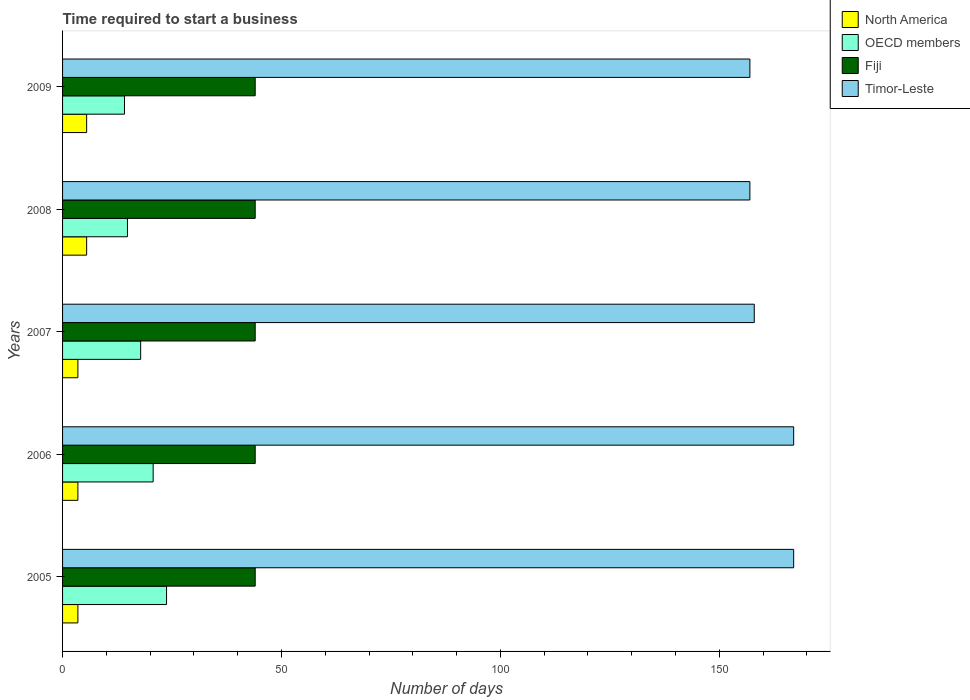
| Years | North America | OECD members | Fiji | Timor-Leste |
 | --- | --- | --- | --- | --- |
 | 2005 | 3.5 | 23.8 | 44 | 167 |
 | 2006 | 3.5 | 20.7 | 44 | 167 |
 | 2007 | 3.5 | 17.8 | 44 | 158 |
 | 2008 | 5.5 | 14.8 | 44 | 157 |
 | 2009 | 5.5 | 14.1 | 44 | 157 |